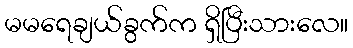
မမရေချယ်ခွက်က ရှိပြီးသားလေ။